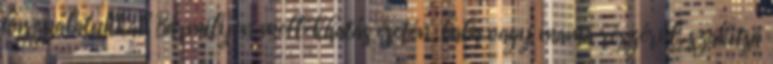
használatukkal. Bármilyen mellékhatás esetén, baba vagy mama részéről, szakítsa